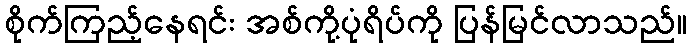
စိုက်ကြည့်နေရင်း အစ်ကို့ပုံရိပ်ကို ပြန်မြင်လာသည်။